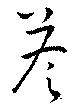
荅